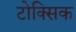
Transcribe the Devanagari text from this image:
टोक्सिक